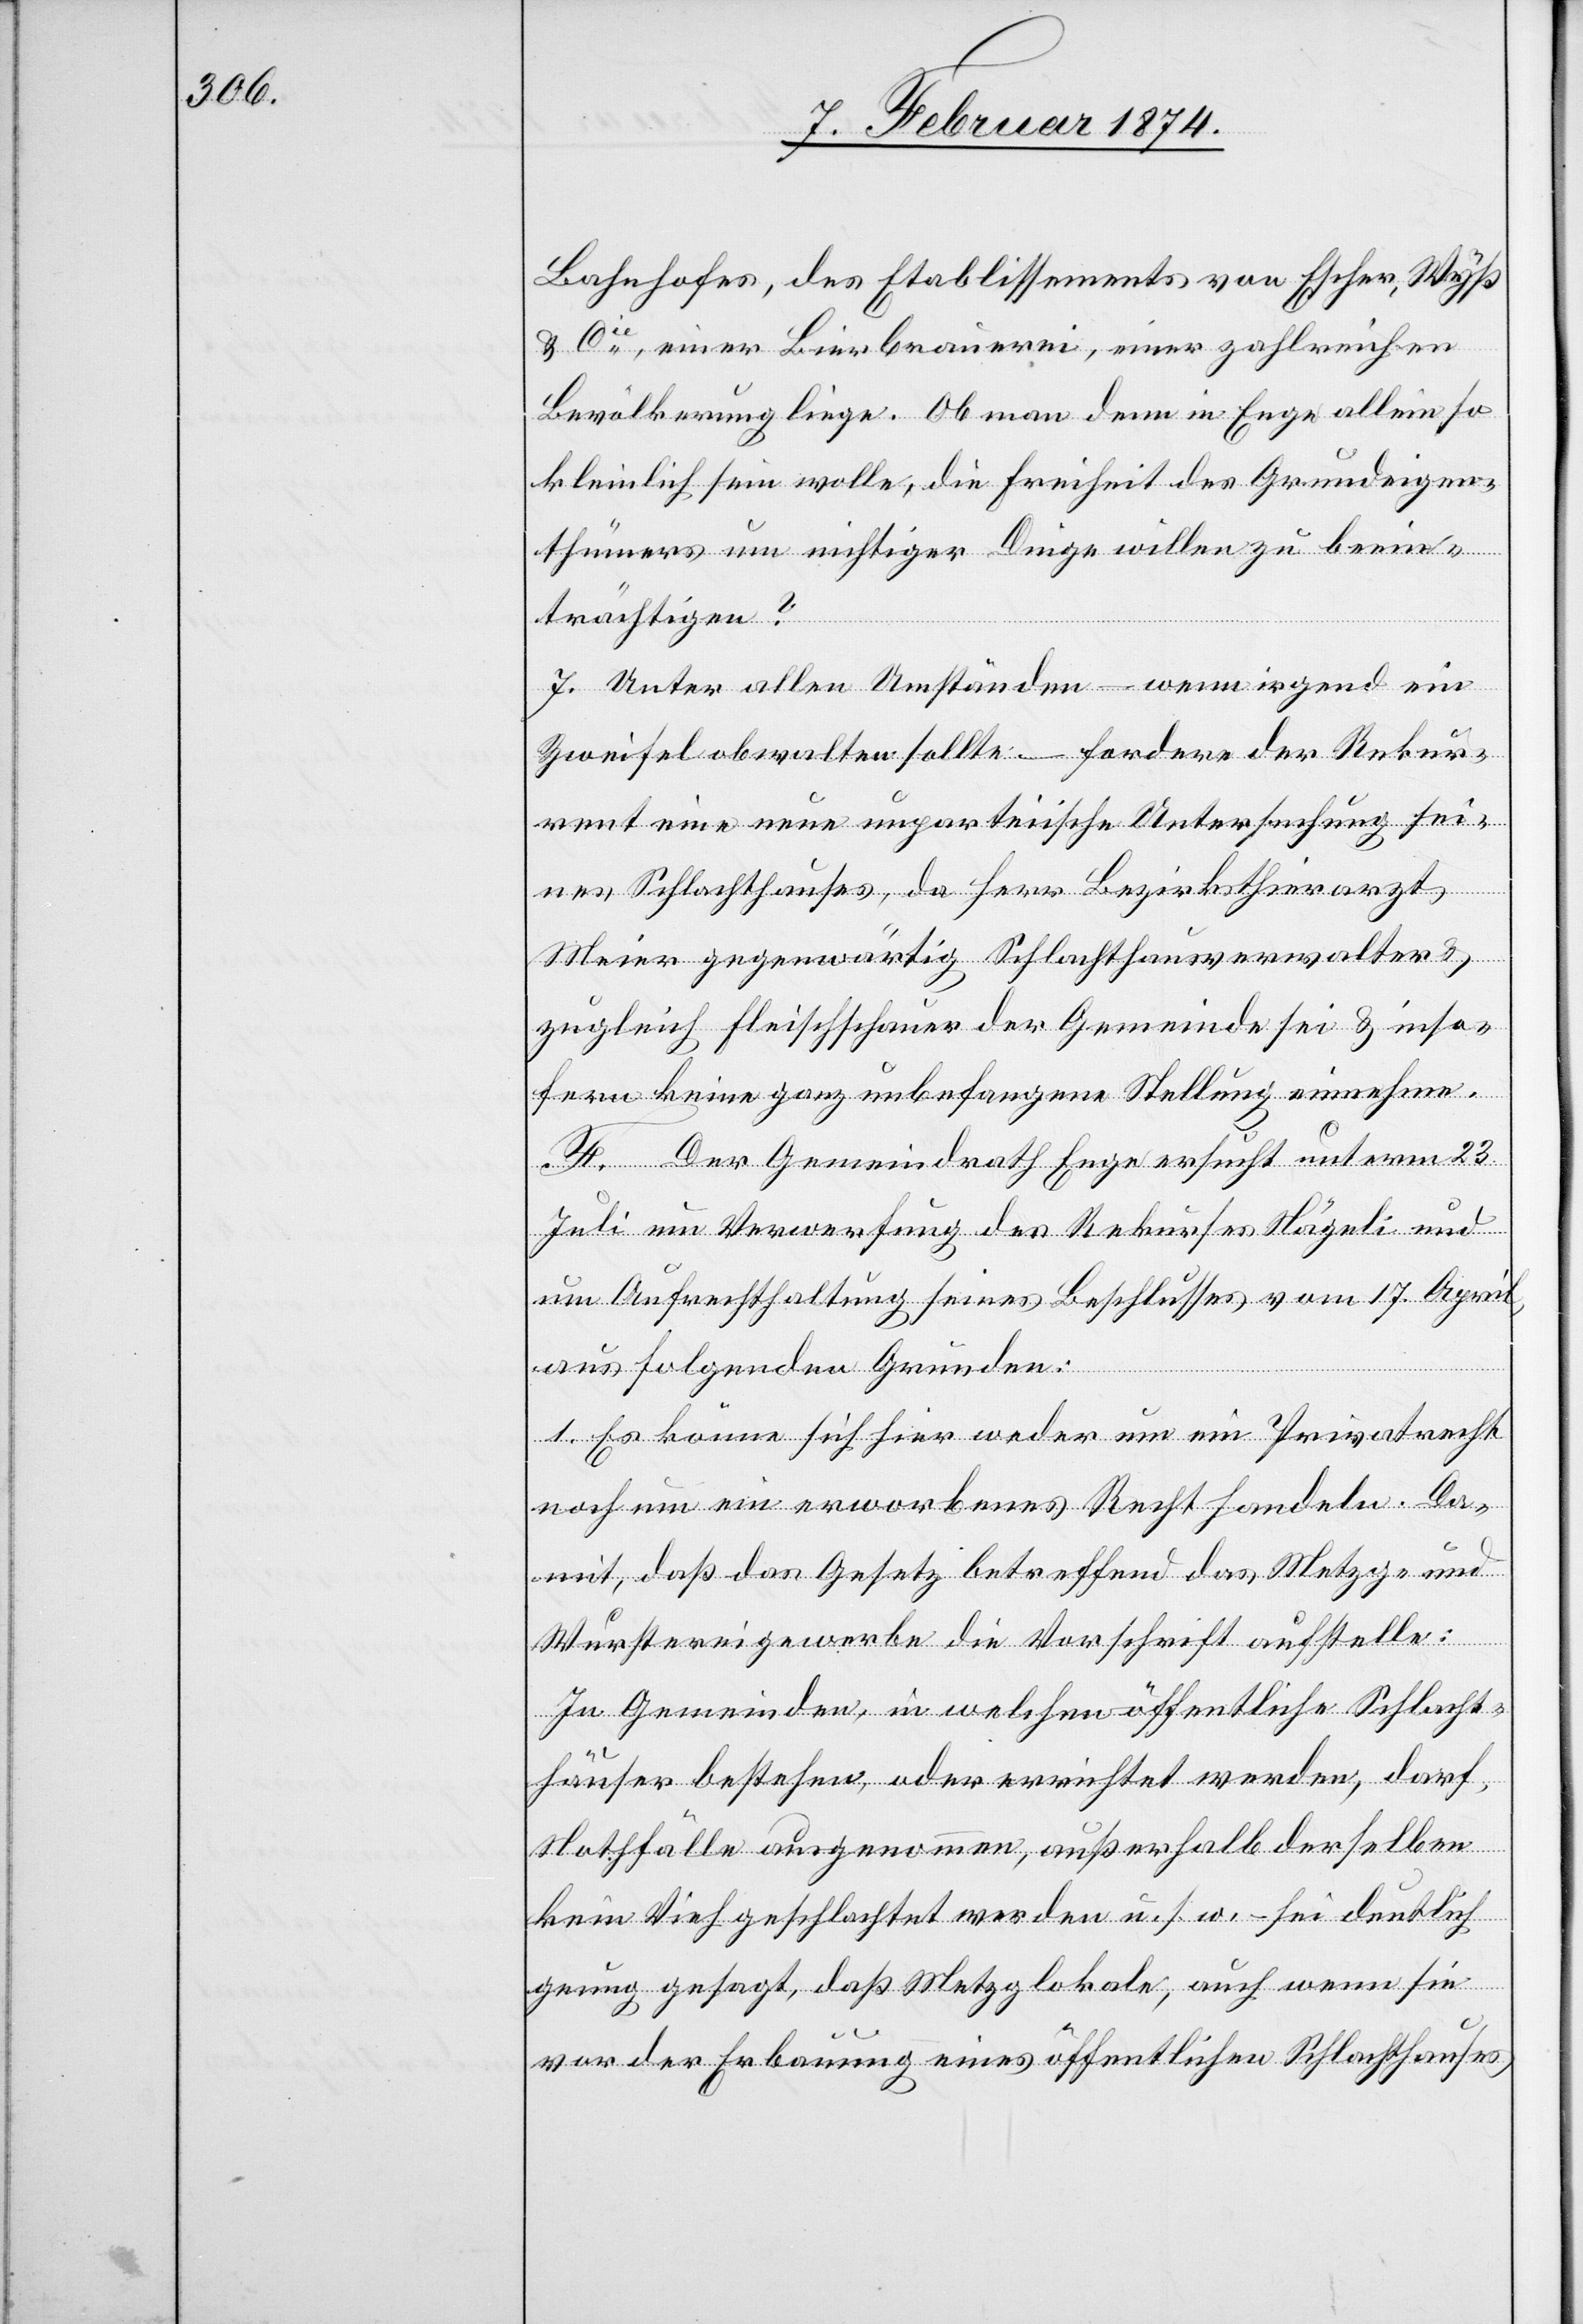
Bahnhofes, des Etablissements von Escher, Wyß
u. Cie, einer Bierbrauerei, einer zahlreichen
Bevölkerung liege. Ob man denn in Enge allein so
kleinlich sein wolle, die Freiheit des Grundeigen¬
thumes um nichtiger Dinge willen zu beein¬
trächtigen?
7. Unter allen Umständen – wenn irgend ein
Zweifel obwalten sollte – fordere der Rekur¬
rent eine neue unparteiische Untersuchung sei¬
nes Schlachthauses, da Herr Bezirksthierarzt,
Meier gegenwärtig Schlachthausverwalter u.
zugleich Fleischschauer der Gemeinde sei u. inso¬
fern keine ganz unbefangene Stellung einnehme.
F. Der Gemeindrath Enge ersucht unterm 23.
Juli um Verwerfung des Rekurses Nägeli und
um Aufrechthaltung seines Beschlusses vom 17. April,
aus folgenden Gründen:
1. Es könne sich hier weder um ein Privatrecht
noch um ein erworbenes Recht handeln. Da¬
mit, daß das Gesetz betreffend das Metzg- und
Wurstereigewerbe die Vorschrift aufstelle:
In Gemeinden, in welchen öffentliche Schlacht¬
häuser bestehen, oder errichtet werden, darf,
Nothfälle ausgenommen, außerhalb der selben
kein Vieh geschlachtet werden u. s. w. – sei deutlich
genug gesagt, daß Metzglokale, auch wenn sie
vor der Erbauung eines öffentlichen Schlachthauses